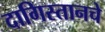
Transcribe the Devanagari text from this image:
दागिस्तानचे